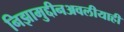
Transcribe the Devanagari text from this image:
निझामुद्दीनअवलीयाही